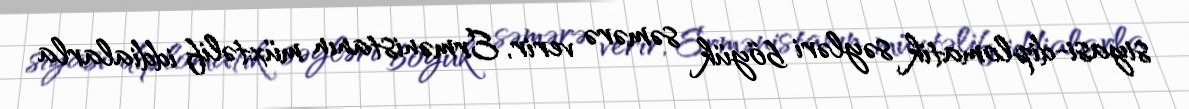
siyasi-diplomatik səyləri böyük səmərə verir, Ermənistanın müxtəlif iddialarla